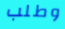
وطلب